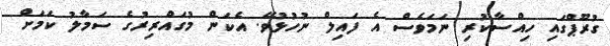
ގުރޫޕްގައި ހިއްސާކުރި ނަމަވެސް އެ ފައިލް ނުހުޅުވޭ. އެކަން މުގައްރިރުގެ ސަމާލު ކަމަށް